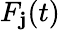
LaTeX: F_{\mathbf{j}}(t)